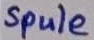
Text: Spule